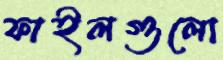
ফাইলগুলো